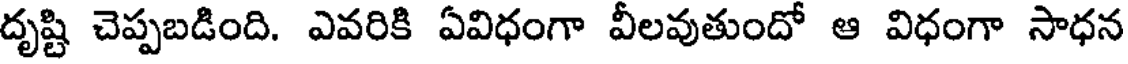
దృష్టి చెప్పబడింది. ఎవరికి ఏవిధంగా వీలవుతుందో ఆ విధంగా సాధన